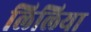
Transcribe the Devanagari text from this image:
लिलिया